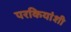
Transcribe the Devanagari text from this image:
परकियांशी